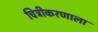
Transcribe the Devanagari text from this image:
चित्रीकरणाला